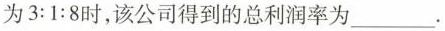
为$$3:1:8$$时，该公司得到的总利润率为___.